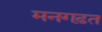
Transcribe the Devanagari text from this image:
मनगढ़त